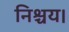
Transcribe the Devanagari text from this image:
निश्चय।